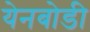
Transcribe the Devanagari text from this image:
येनबोडी